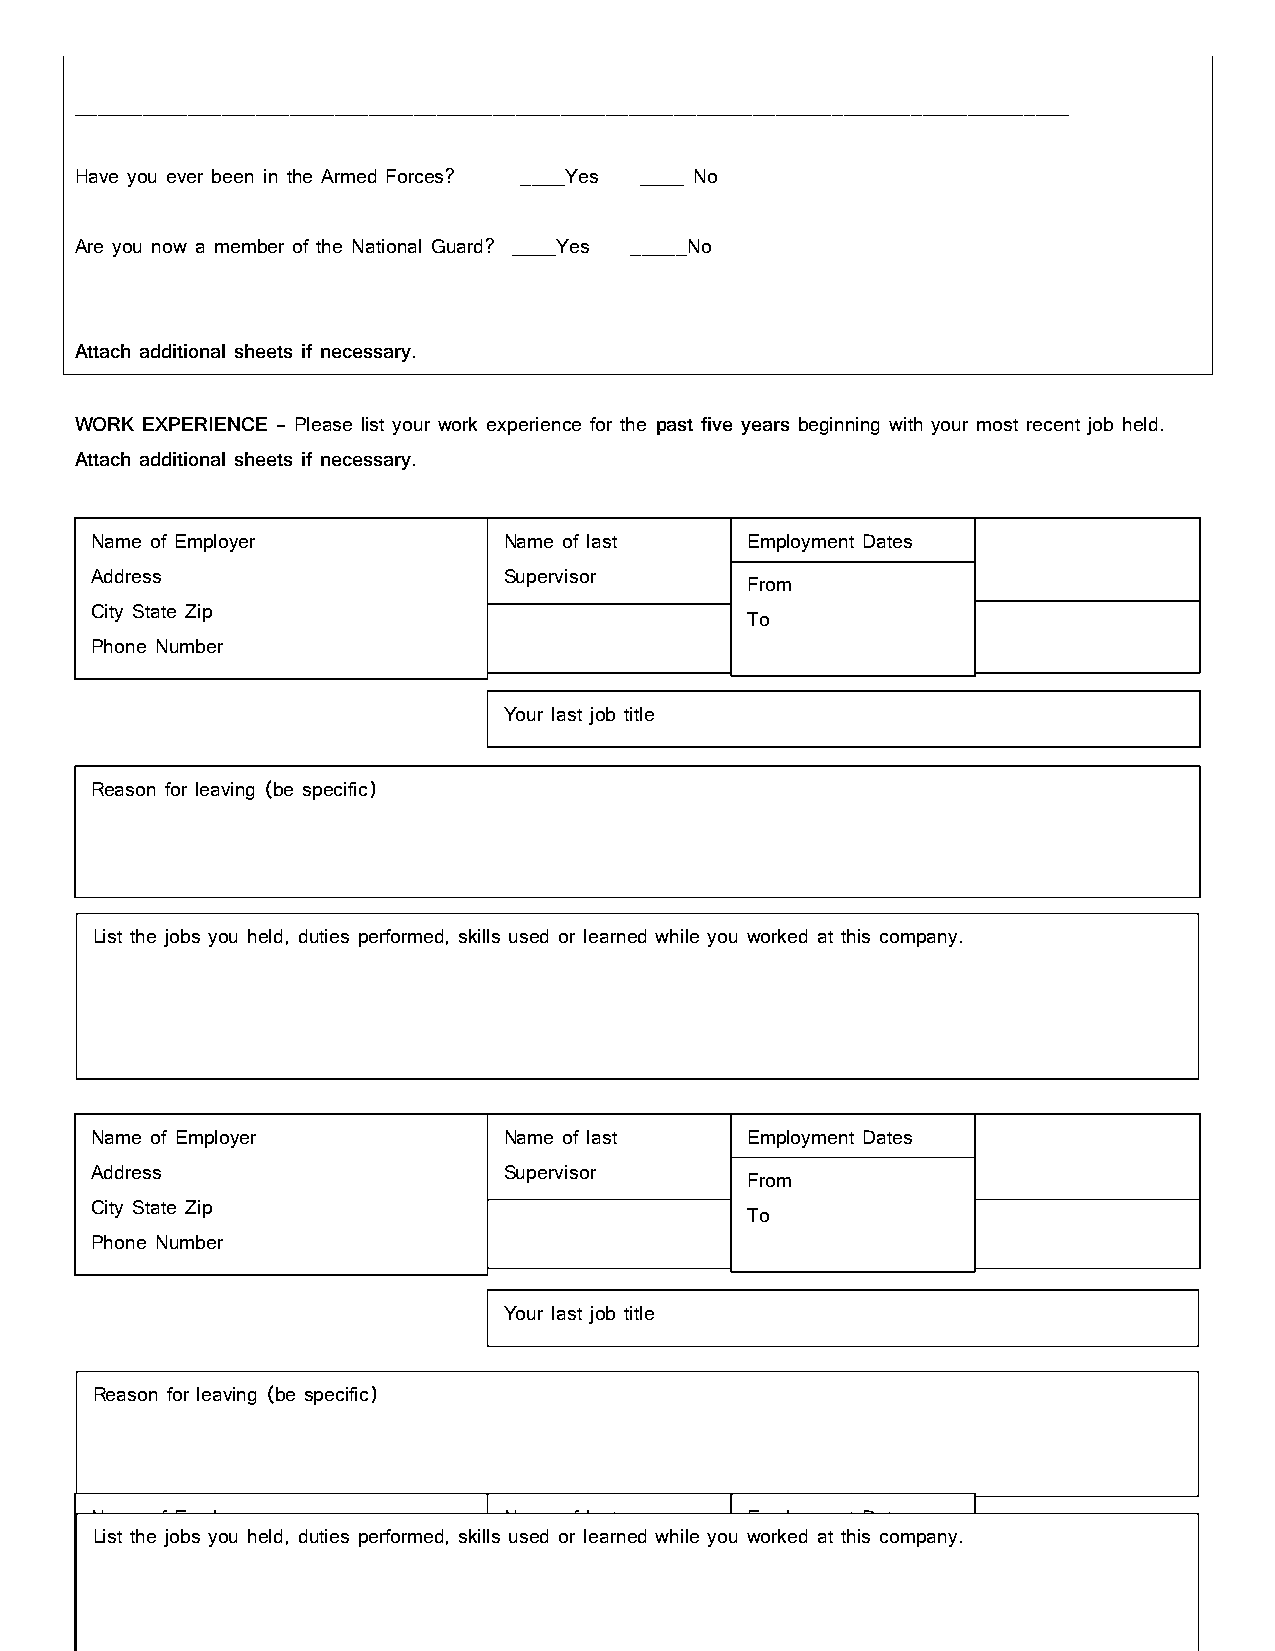
________________________________________________________________________________________
 Have you ever been in the Armed Forces? ____Yes ____ No
 Are you now a member of the National Guard? ____Yes _____No
 Attach additional sheets if necessary.
 WORK EXPERIENCE – Please list your work experience for the past five years beginning with your most recent job held.
 Attach additional sheets if necessary.
 Name of Employer           Name of last    Employment Dates
 Address                    Supervisor
 From
 City State Zip
 To
 Phone Number
 Your last job title
 Reason for leaving (be specific)
 List the jobs you held, duties performed, skills used or learned while you worked at this company.
 Name of Employer           Name of last    Employment Dates
 Address                    Supervisor
 From
 City State Zip
 To
 Phone Number
 Your last job title
 Reason for leaving (be specific)
 Name of Employer           Name of last    Employment Dates
 List the jobs you held, duties performed, skills used or learned while you worked at this company.
 Address                    Supervisor
 City State Zip                             From
 Phone Number                               To